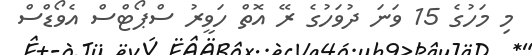
މި މަހުގެ 15 ވަނަ ދުވަހުގެ ރޭ އޮތް ހަވީރު ސްޕޯޓްސް އެވޯޑްސް